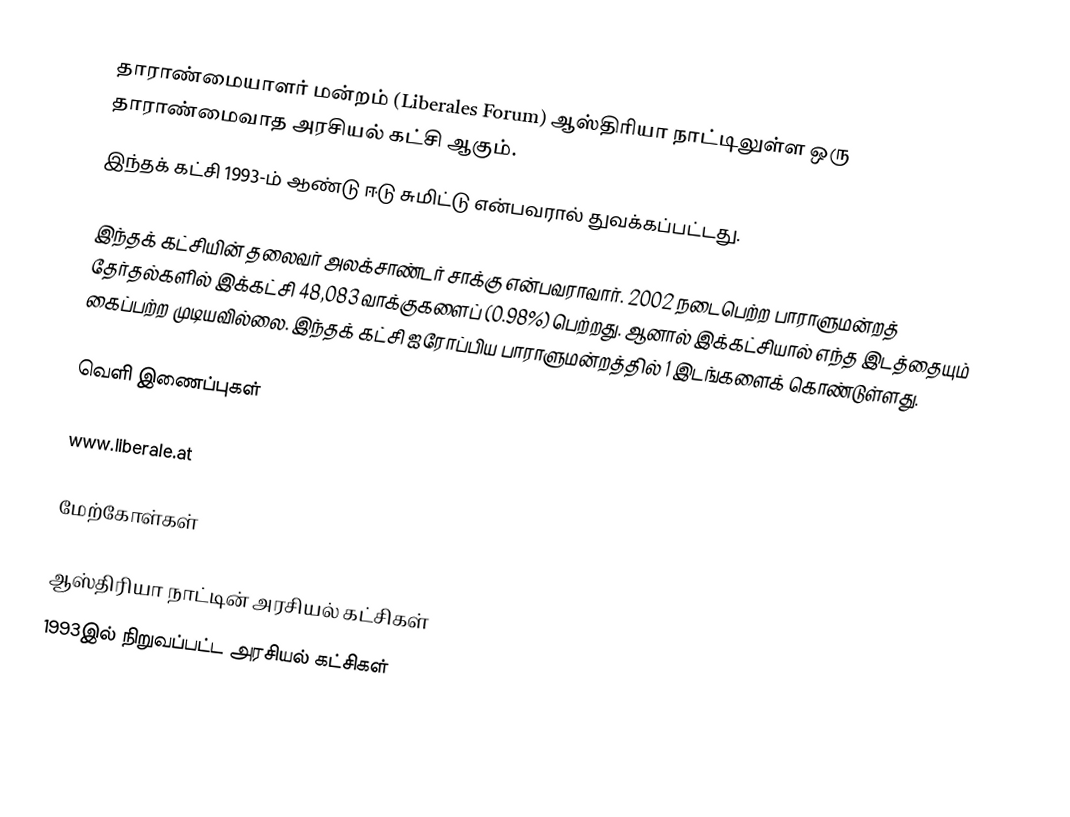
தாராண்மையாளர் மன்றம் (Liberales Forum) ஆஸ்திரியா நாட்டிலுள்ள ஒரு தாராண்மைவாத அரசியல் கட்சி ஆகும்.
இந்தக் கட்சி 1993-ம் ஆண்டு ஈடு சுமிட்டு என்பவரால் துவக்கப்பட்டது.

இந்தக் கட்சியின் தலைவர் அலக்சாண்டர் சாக்கு என்பவராவார். 2002 நடைபெற்ற பாராளுமன்றத் தேர்தல்களில் இக்கட்சி 48,083 வாக்குகளைப் (0.98%) பெற்றது. ஆனால் இக்கட்சியால் எந்த இடத்தையும் கைப்பற்ற முடியவில்லை. இந்தக் கட்சி ஐரோப்பிய பாராளுமன்றத்தில் 1 இடங்களைக் கொண்டுள்ளது.

வெளி இணைப்புகள்

 www.liberale.at

மேற்கோள்கள்

ஆஸ்திரியா நாட்டின் அரசியல் கட்சிகள்
1993இல் நிறுவப்பட்ட அரசியல் கட்சிகள்